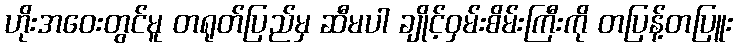
ဟိုးအဝေးတွင်မူ တရုတ်ပြည်မှ ဆီမပါ ချိုင့်ဝှမ်းစိမ်းကြီးကို တပြန့်တပြူး